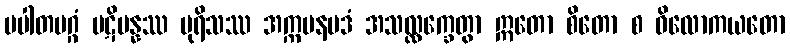
ပပါတမဂ္ဂံ ပဋိပန္နဿ ပုရိသဿ အက္ကမနပဒံ အသလ္လက္ခေတွာ ဣတော စိတော စ ဝိလောကယတော